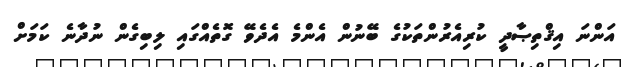
އަންނަ އިޤްތިޞާދީ ކުރިއެރުންތަކުގެ ބޭނުން އެންމެ އެދެވޭ ގޮތެއްގައި ލިބިގެން ނުދާނެ ކަމަށް